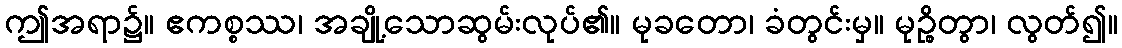
ဤအရာ၌။ ဧကစ္စဿ၊ အချို့သောဆွမ်းလုပ်၏။ မုခတော၊ ခံတွင်းမှ။ မုဉ္စိတွာ၊ လွတ်၍။